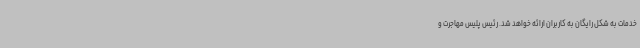
خدمات به شکل رایگان به کاربران ارائه خواهد شد. رئیس پلیس مهاجرت و